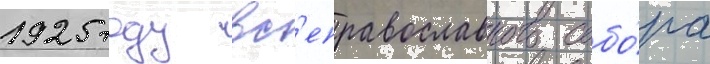
1925 году вс'еправославного собо́ра